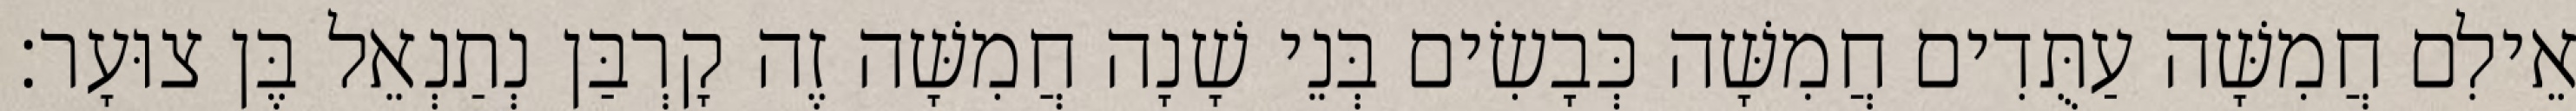
אֵילִם חֲמִשָּׁה עַתֻּדִים חֲמִשָּׁה כְּבָשִׂים בְּנֵי שָׁנָה חֲמִשָּׁה זֶה קָרְבַּן נְתַנְאֵל בֶּן צוּעָר׃